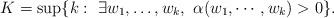
LaTeX: \begin{align*} K= \sup\{ k:\ \exists w_1, \ldots, w_k,\ \alpha(w_1,\cdots,w_k)>0 \}.\end{align*}